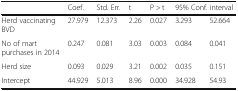
<table><thead><tr><td></td><td><b>Coef.</b></td><td><b>Std. Err.</b></td><td><b>t</b></td><td><b>P &gt; t</b></td><td colspan="2"><b>95% Conf. interval</b></td></tr></thead><tbody><tr><td>Herd vaccinating BVD</td><td>27.979</td><td>12.373</td><td>2.26</td><td>0.027</td><td>3.293</td><td>52.664</td></tr><tr><td>No of mart purchases in 2014</td><td>0.247</td><td>0.081</td><td>3.03</td><td>0.003</td><td>0.084</td><td>0.041</td></tr><tr><td>Herd size</td><td>0.093</td><td>0.029</td><td>3.21</td><td>0.002</td><td>0.035</td><td>0.151</td></tr><tr><td>Intercept</td><td>44.929</td><td>5.013</td><td>8.96</td><td>0.000</td><td>34.928</td><td>54.93</td></tr></tbody></table>